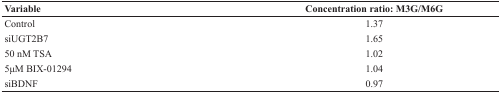
<table><thead><tr><td><b>Variable</b></td><td><b>Concentration ratio: M3G/M6G</b></td></tr></thead><tbody><tr><td>Control</td><td>1.37</td></tr><tr><td>siUGT2B7</td><td>1.65</td></tr><tr><td>50 nM TSA</td><td>1.02</td></tr><tr><td>5μM BIX-01294</td><td>1.04</td></tr><tr><td>siBDNF</td><td>0.97</td></tr></tbody></table>